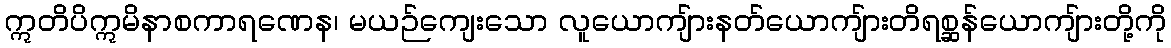
ဣတိပိဣမိနာစကာရဏေန၊ မယဉ်ကျေးသော လူယောကျ်ားနတ်ယောကျ်ားတိရစ္ဆန်ယောကျ်ားတို့ကို